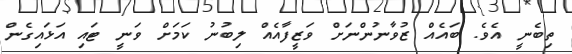
ތިބެނީ އެވެ. ބައެއް ޒުވާނުންނަށް ވަޒީފާއެއް ލިބުނު ކަމަށް ވަނީ ޓައި އަޅައިގެން